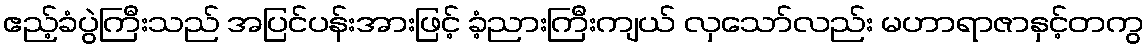
ဧည့်ခံပွဲကြီးသည် အပြင်ပန်းအားဖြင့် ခံ့ညားကြီးကျယ် လှသော်လည်း မဟာရာဇာနှင့်တကွ